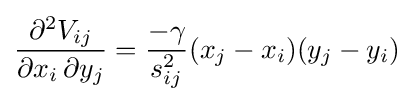
{\partial ^{2}V_{ij} \over \partial x_{i}\,\partial y_{j}}={-\gamma  \over s_{ij}^{2}}{(x_{j}-x_{i})}{(y_{j}-y_{i})}